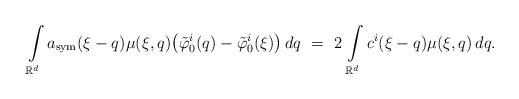
LaTeX: \begin{align*}\int\limits_{\mathbb{R}^d} a_{\rm sym} (\xi-q) \mu(\xi,q) \big( \tilde\varphi^i_{0}(q) - \tilde\varphi^i_{0}(\xi) \big) \, dq \ = \ 2 \, \int\limits_{\mathbb{R}^d} c^i(\xi-q) \mu(\xi,q) \, dq.\end{align*}